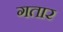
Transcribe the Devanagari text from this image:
गतार